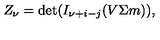
Z _ { \nu } = \det ( I _ { \nu + i - j } ( V \Sigma m ) ) ,